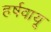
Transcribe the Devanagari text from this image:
हर्षवायू